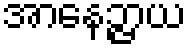
အာနေဉ္ဇာယ